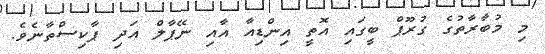
މި މުބާރާތުގެ ގުރޫޕް ބީގައި އޮތީ އިންޑިއާ އާއި ނޭޕާލް އަދި ޕާކިސްތާނެވެ.